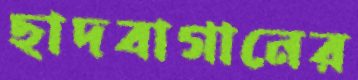
ছাদবাগানের